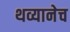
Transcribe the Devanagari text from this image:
थव्यानेच